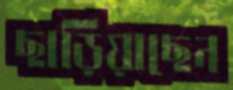
ছাড়িয়াছেন